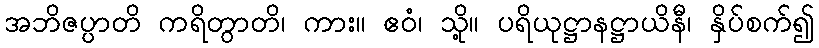
အဘိဇပ္ပာတိ ကရိတွာတိ၊ ကား။ ဧဝံ၊ သို့။ ပရိယုဋ္ဌာနဋ္ဌာယိနီ၊ နှိပ်စက်၍